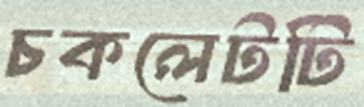
চকলেটটি